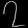
Digit: ၇